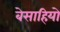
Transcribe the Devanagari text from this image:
बेसाहियो